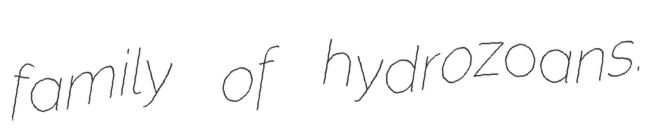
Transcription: family of hydrozoans.